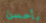
بأحسن